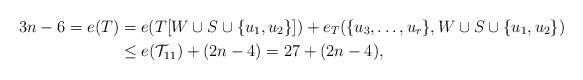
LaTeX: \begin{align*}3n-6=e(T )&=e(T[W\cup S\cup \{u_1,u_2 \}])+e_T(\{u_3, \ldots, u_r\}, W\cup S\cup \{u_1, u_2 \})\\ &\le e(\mathcal{T}_{11})+(2n-4)=27+(2n-4), \end{align*}